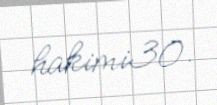
hakimi30.